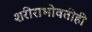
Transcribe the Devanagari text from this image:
शरीराभोवतीही